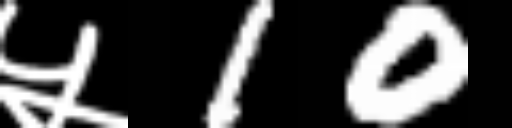
Text: ५10